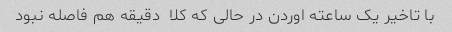
با تاخیر یک ساعته اوردن در حالی که کلا  دقیقه هم فاصله نبود